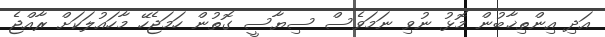
އަދި އިންތިޚާބުން މޮޅު ނުވި ނަމަވެސް ސިޔާސީ ގޮތުން ހަމަޖެހޭ މާހައުލަކަށް ރާއްޖެ